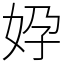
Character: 㚺